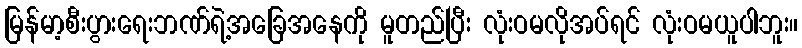
မြန်မာ့စီးပွားရေးဘဏ်ရဲ့အခြေအနေကို မူတည်ပြီး လုံးဝမလိုအပ်ရင် လုံးဝမယူပါဘူး။